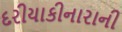
દરીયાકીનારાની